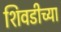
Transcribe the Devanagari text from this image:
शिवडीच्या